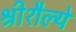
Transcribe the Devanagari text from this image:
श्रीशैल्ये